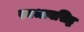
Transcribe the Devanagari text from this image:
स्वभावसिद्ध